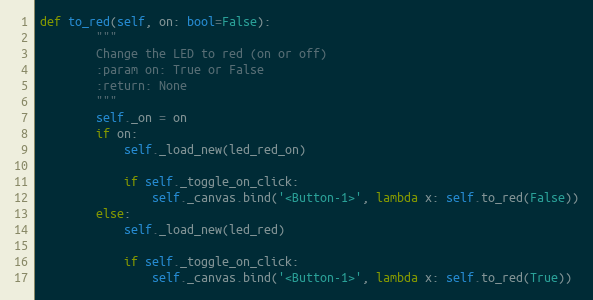
Language: Python
def to_red(self, on: bool=False):
        """
        Change the LED to red (on or off)
        :param on: True or False
        :return: None
        """
        self._on = on
        if on:
            self._load_new(led_red_on)

            if self._toggle_on_click:
                self._canvas.bind('<Button-1>', lambda x: self.to_red(False))
        else:
            self._load_new(led_red)

            if self._toggle_on_click:
                self._canvas.bind('<Button-1>', lambda x: self.to_red(True))